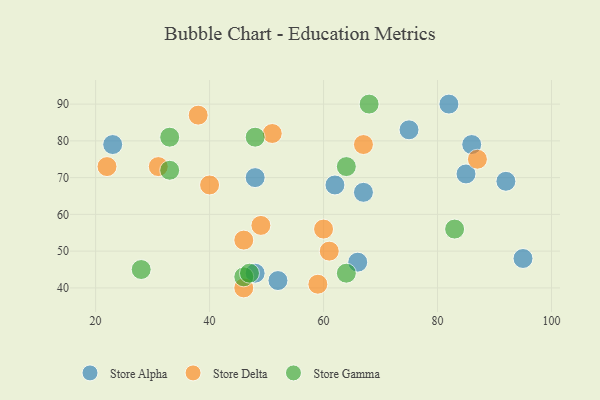
{"axis": {"x": "GDP", "y": "Life Expectancy"}, "legend": ["Store Alpha", "Store Delta", "Store Gamma"], "data": [{"x": "66", "y": 47, "type": "Store Alpha"}, {"x": "82", "y": 90, "type": "Store Alpha"}, {"x": "23", "y": 79, "type": "Store Alpha"}, {"x": "95", "y": 48, "type": "Store Alpha"}, {"x": "48", "y": 70, "type": "Store Alpha"}, {"x": "85", "y": 71, "type": "Store Alpha"}, {"x": "75", "y": 83, "type": "Store Alpha"}, {"x": "67", "y": 66, "type": "Store Alpha"}, {"x": "52", "y": 42, "type": "Store Alpha"}, {"x": "92", "y": 69, "type": "Store Alpha"}, {"x": "86", "y": 79, "type": "Store Alpha"}, {"x": "48", "y": 44, "type": "Store Alpha"}, {"x": "62", "y": 68, "type": "Store Alpha"}, {"x": "61", "y": 50, "type": "Store Delta"}, {"x": "46", "y": 53, "type": "Store Delta"}, {"x": "46", "y": 40, "type": "Store Delta"}, {"x": "51", "y": 82, "type": "Store Delta"}, {"x": "31", "y": 73, "type": "Store Delta"}, {"x": "67", "y": 79, "type": "Store Delta"}, {"x": "60", "y": 56, "type": "Store Delta"}, {"x": "38", "y": 87, "type": "Store Delta"}, {"x": "22", "y": 73, "type": "Store Delta"}, {"x": "87", "y": 75, "type": "Store Delta"}, {"x": "59", "y": 41, "type": "Store Delta"}, {"x": "40", "y": 68, "type": "Store Delta"}, {"x": "49", "y": 57, "type": "Store Delta"}, {"x": "33", "y": 72, "type": "Store Gamma"}, {"x": "46", "y": 43, "type": "Store Gamma"}, {"x": "83", "y": 56, "type": "Store Gamma"}, {"x": "64", "y": 73, "type": "Store Gamma"}, {"x": "47", "y": 44, "type": "Store Gamma"}, {"x": "68", "y": 90, "type": "Store Gamma"}, {"x": "64", "y": 44, "type": "Store Gamma"}, {"x": "48", "y": 81, "type": "Store Gamma"}, {"x": "33", "y": 81, "type": "Store Gamma"}, {"x": "28", "y": 45, "type": "Store Gamma"}]}